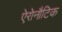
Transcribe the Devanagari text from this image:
ऐरोनौटिक